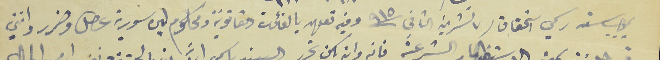
بموجب سند رسمي استحقاق / ٧ تشرين الثاني سنة ٩١٥ وفيه تعهد بالفائدة القانونية ومحكوم ليره سورية عطل وضرر وانني